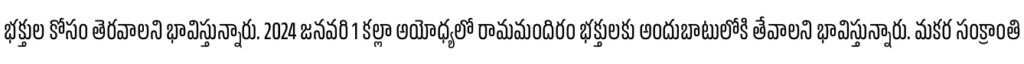
భక్తుల కోసం తెరవాలని భావిస్తున్నారు. 2024 జనవరి 1 కల్లా అయోధ్యలో రామమందిరం భక్తులకు అందుబాటులోకి తేవాలని భావిస్తున్నారు. మకర సంక్రాంతి